Lunatic asylums Punjab 1868-1880 - 1868-1880
Year: 1868
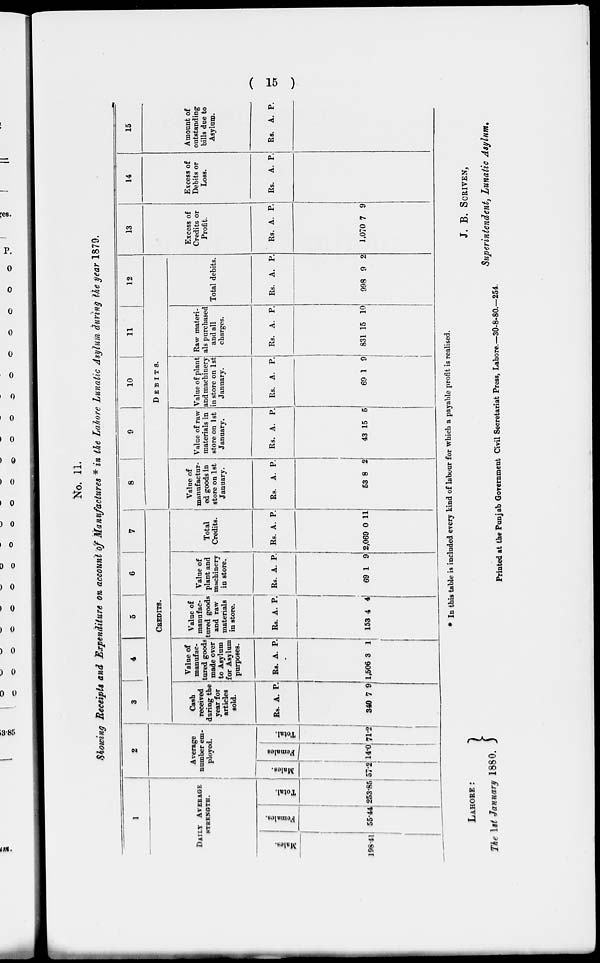
( 15 )
No. 11.
Showing Receipts and Expenditure on account of Manufactures * in the Lahore Lunatic Asylum during the year 1879.
1
DAILY AVERAGE
STRENGTH.
Males.
198.41
Femal es .
55.44
Tot al .
253.85
2
Average
number em-
ployed.
Males.
57.2
Females
140
Total.
71.2
3
4
5
6
7
CREDITS.
Cash
received
daring the
year for
articles
sold.
Rs.
340
A.
7
P.
9
Value of
manufac-
tured goods
made over
to Asylum
for Asylum
purposes.
Rs.
1,506
A.
3
P.
1
Value of
manufac-
tured goods
and raw
materials
in store.
Rs.
153
A.
4
P.
4
Value of
plant and
machinery
in store.
Rs.
69
A.
1
P.
9
Total
Credits.
Rs.
2,069
A.
0
P.
11
8
9
10
11
12
DEBITS.
Value of
manufactur-
ed goods in
store on 1st
January.
Rs.
53
A.
8
P.
2
Value of raw-
materials in
store on 1st
January.
Rs.
43
A.
15
P.
5
Value of plant
and machinery
in store on 1st
January.
Rs.
69
A.
1
P.
9
Raw materi-
als purchased
and all
charges.
Rs.
831
A.
15
P.
10
Total debits.
Rs.
998
A.
9
P.
2
13
Excess of
Credits or
Profit.
Rs.
1,070
A.
7
P.
9
14
Excess of
Debits or
Loss.
Rs. A. P.
15
Amount of
outstanding
bills due to
Asylum.
Rs. A. P.
* In this table is included every kind of labour for which a payable profit is realised.
LAHORE :
The 1st January 1880.
J. B. SCRIVEN,
Superintendent, Lunatic Asylum.
Printed at the Punjab Government Civil Secretariat Press, Lahore.—30-8-80.—254.